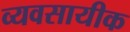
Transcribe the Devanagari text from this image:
व्यवसायीक